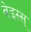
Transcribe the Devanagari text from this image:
वेइस्स्